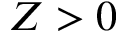
Z > 0